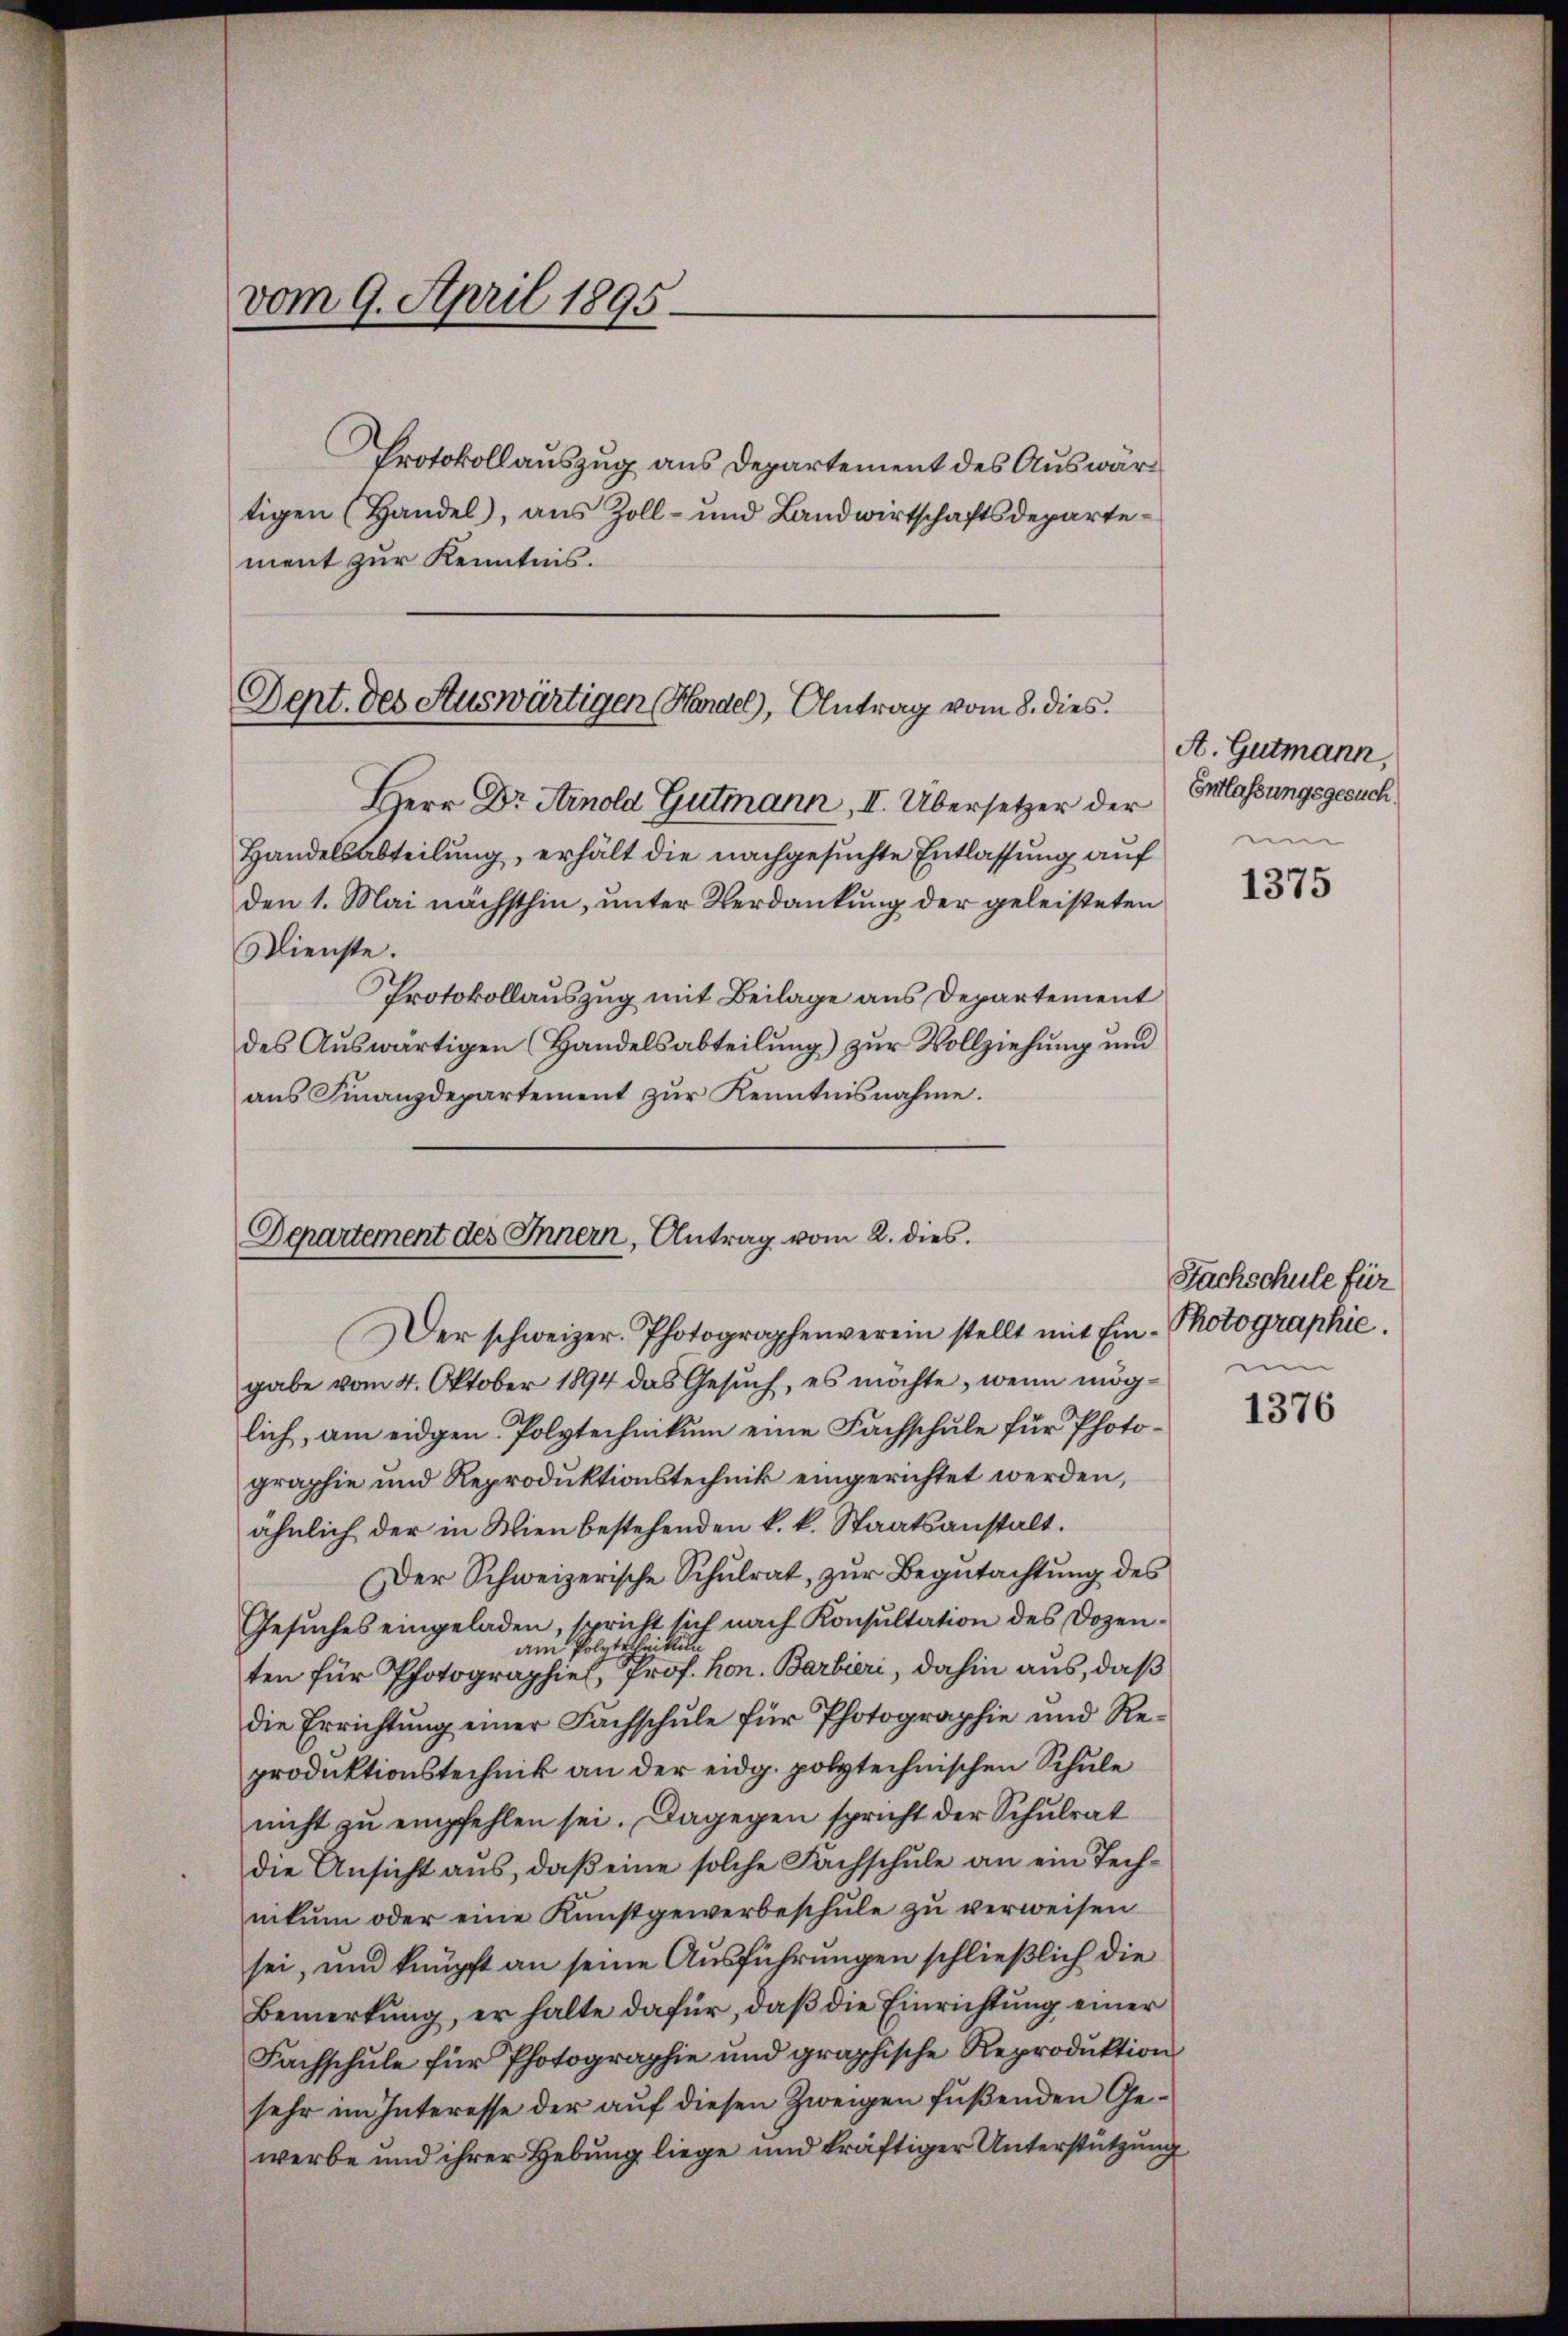
vom 9. April 1895.

Protokollauszug aus Departement des Auswärtigen (Handel, aus Zoll- und Landwirtschaftsdepartement zur Kenntnis.

Dept. des Auswärtigen Handel, Antrag vom 8. dies

Herr Dr Arnold Gutmann, II. Übersetzer der
Handelsabteilung, erhält die nachgesuchte Entlassung auf
den 1. Mai nächsthin, unter Verdankung der geleisteten
Dienste.
Protokollauszug mit Beilage aus Departement
des Auswärtigen (Handelsabteilung) zur Vollziehung und
aus Finanzdepartement zur Kenntnisnahme.

Departement des Innern, Antrag vom 2. dies
Der schweizer Photographenverein stellt mit Ein¬

gabe vom 4. Oktober 1894 das Gesuch, es möchte, wenn möglich, am eidgen. Polytechnikum eine Fachschule für Photographie und Reproduktionstechnik eingerichtet werden,
ähnlich der in Wien bestehenden k. k. Staatsanstalt.
Der Schweizerische Schŭlrat, zŭr Begŭtachtŭng des
Gesuches eingeladen, spricht sich nach Konsultation des Dozenam Polytechnittun
ten für Photographiel, Prof. hon. Barbieri, dahin aus, daß
die Errichtung einer Fachschule für Photographie und Reproduktionstechnik an der eidg. polytechnischen Schule
nicht zu empfehlen sei. Dagegen spricht der Schulrat
die Ansicht aus, daß eine solche Fachschule an ein Technikum oder eine Kunstgewerbeschule zu verweisen
sei, und knüpft an seine Ausführungen schließlich die
Bemerkung, er halte dafür, daß die Einrichtung einer
Fachschule für Photographie und graphische Reproduktion
sehr im Interesse der auf diesen Zweigen fußenden Gewerbe und ihrer Hebung liege und kräftiger Unterstützung

A. Gutmann,
Entlassungsgesuch.

1375

Sachschule für
Photographie.
u

1376